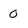
Character: 0